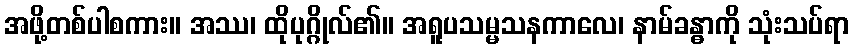
အဖို့တစ်ပါစကား။ အဿ၊ ထိုပုဂ္ဂိုလ်၏။ အရူပသမ္မသနကာလေ၊ နာမ်ခန္ဓာကို သုံးသပ်ရာ